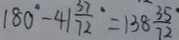
1 8 0 ^ { \circ } - 4 1 \frac { 3 7 } { 7 2 } ^ { \circ } = 1 3 8 \frac { 3 5 ^ { \circ } } { 7 2 }